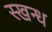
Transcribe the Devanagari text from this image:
स्खन्ध